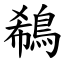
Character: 鵗